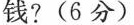
钱?(6分)